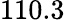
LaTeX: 110.3